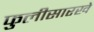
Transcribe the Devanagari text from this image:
फुलीसारखे